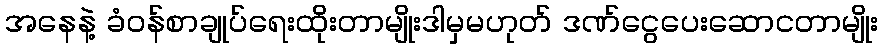
အနေနဲ့ ခံဝန်စာချုပ်ရေးထိုးတာမျိုးဒါမှမဟုတ် ဒဏ်ငွေပေးဆောငတာမျိုး